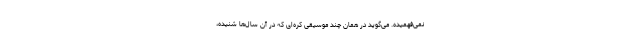
نمی‌فهمیده. می‌گوید در همان چند موسیقی کره‌ای که در آن سال‌ها شنیده،